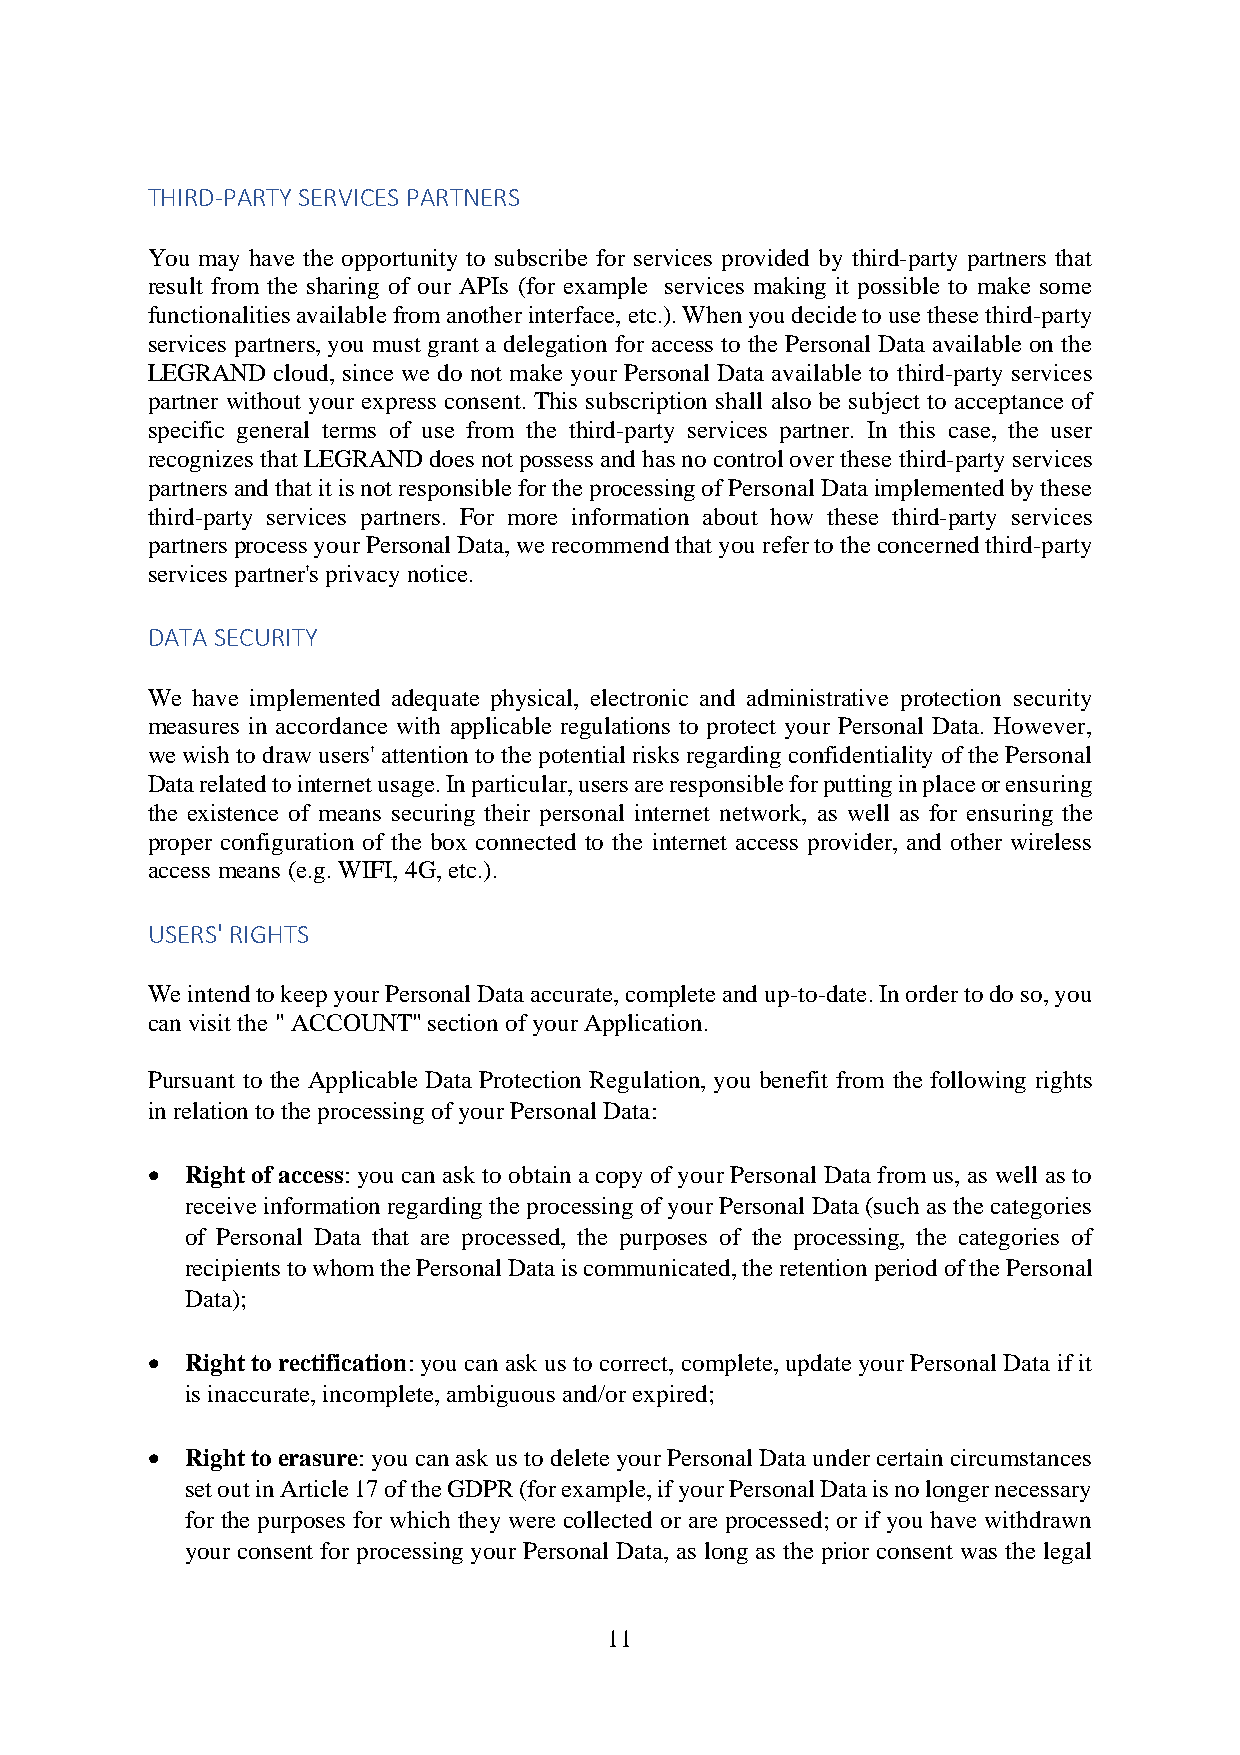
THIRD-PARTY SERVICES PARTNERS
 You may have the opportunity to subscribe for services provided by third-party partners that
 result from the sharing of our APIs (for example services making it possible to make some
 functionalities available from another interface, etc.). When you decide to use these third-party
 services partners, you must grant a delegation for access to the Personal Data available on the
 LEGRAND cloud, since we do not make your Personal Data available to third-party services
 partner without your express consent. This subscription shall also be subject to acceptance of
 specific general terms of use from the third-party services partner. In this case, the user
 recognizes that LEGRAND does not possess and has no control over these third-party services
 partners and that it is not responsible for the processing of Personal Data implemented by these
 third-party services partners. For more information about how these third-party services
 partners process your Personal Data, we recommend that you refer to the concerned third-party
 services partner's privacy notice.
 DATA SECURITY
 We have implemented adequate physical, electronic and administrative protection security
 measures in accordance with applicable regulations to protect your Personal Data. However,
 we wish to draw users' attention to the potential risks regarding confidentiality of the Personal
 Data related to internet usage. In particular, users are responsible for putting in place or ensuring
 the existence of means securing their personal internet network, as well as for ensuring the
 proper configuration of the box connected to the internet access provider, and other wireless
 access means (e.g. WIFI, 4G, etc.).
 USERS' RIGHTS
 We intend to keep your Personal Data accurate, complete and up-to-date. In order to do so, you
 can visit the " ACCOUNT" section of your Application.
 Pursuant to the Applicable Data Protection Regulation, you benefit from the following rights
 in relation to the processing of your Personal Data:
 • Right of access: you can ask to obtain a copy of your Personal Data from us, as well as to
 receive information regarding the processing of your Personal Data (such as the categories
 of Personal Data that are processed, the purposes of the processing, the categories of
 recipients to whom the Personal Data is communicated, the retention period of the Personal
 Data);
 • Right to rectification: you can ask us to correct, complete, update your Personal Data if it
 is inaccurate, incomplete, ambiguous and/or expired;
 • Right to erasure: you can ask us to delete your Personal Data under certain circumstances
 set out in Article 17 of the GDPR (for example, if your Personal Data is no longer necessary
 for the purposes for which they were collected or are processed; or if you have withdrawn
 your consent for processing your Personal Data, as long as the prior consent was the legal
 11